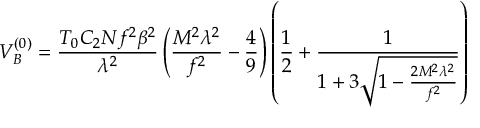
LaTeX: V _ { B } ^ { ( 0 ) } = \frac { T _ { 0 } C _ { 2 } N f ^ { 2 } \beta ^ { 2 } } { \lambda ^ { 2 } } \left( \frac { M ^ { 2 } \lambda ^ { 2 } } { f ^ { 2 } } - \frac { 4 } { 9 } \right) \left( \frac { 1 } { 2 } + \frac { 1 } { 1 + 3 \sqrt { 1 - \frac { 2 M ^ { 2 } \lambda ^ { 2 } } { f ^ { 2 } } } } \right)